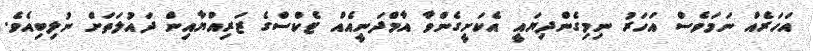
އަހަރެއް ނަމަވެސް އަހަރު ނިމިގެންދިޔައީ އެކަށީގެންވާ އާމްދަނީއެއް ޓެކްސްގެ ޒަރިއްޔާއިން ދައުލަތަށް ނުލިބިއެވެ.